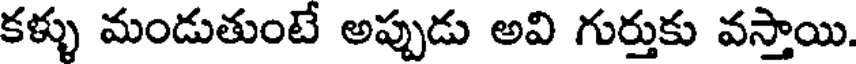
కళ్ళు మండుతుంటే అప్పుడు అవి గుర్తుకు వస్తాయి.